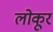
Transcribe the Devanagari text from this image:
लोकूर